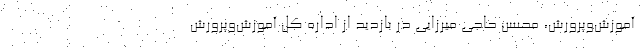
آموزش‌وپرورش، محسن حاجی میرزایی در بازدید از اداره کل آموزش‌وپرورش